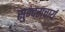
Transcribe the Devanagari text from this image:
सुन्दराचार्य